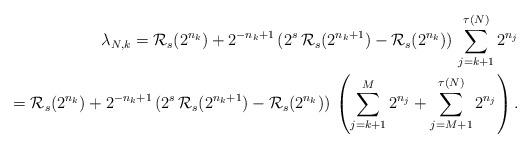
LaTeX: \begin{align*}\lambda_{N,k}=\mathcal{R}_{s}(2^{n_{k}})+2^{-n_{k}+1}\,(2^{s}\,\mathcal{R}_{s}(2^{n_{k}+1})-\mathcal{R}_{s}(2^{n_{k}}))\,\sum_{j=k+1}^{\tau(N)}2^{n_{j}}\\=\mathcal{R}_{s}(2^{n_{k}})+2^{-n_{k}+1}\,(2^{s}\,\mathcal{R}_{s}(2^{n_{k}+1})-\mathcal{R}_{s}(2^{n_{k}}))\,\left(\sum_{j=k+1}^{M}2^{n_{j}}+\sum_{j=M+1}^{\tau(N)}2^{n_{j}}\right).\end{align*}